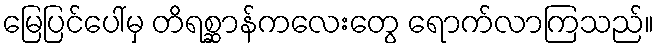
မြေပြင်ပေါ်မှ တိရစ္ဆာန်ကလေးတွေ ရောက်လာကြသည်။